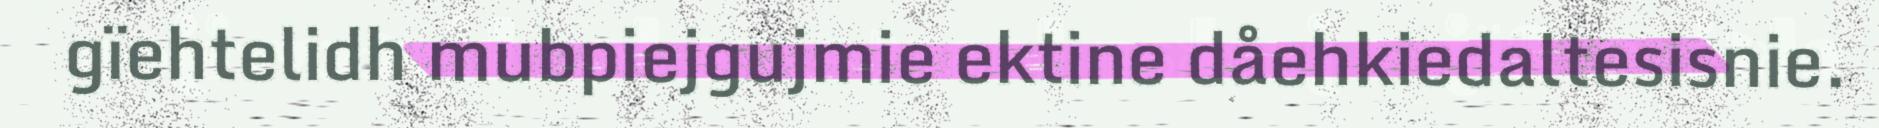
gïehtelidh mubpiejgujmie ektine dåehkiedaltesisnie.